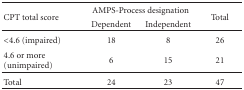
| <ROWSPAN=2> CPT total score | <COLSPAN=2> AMPS-Process designation | <ROWSPAN=2> Total |
 | Dependent | Independent |
 | --- | --- | --- | --- |
 | <4.6 (impaired) | 18 | 8 | 26 |
 | 4.6 or more (unimpaired) | 6 | 15 | 21 |
 | Total | 24 | 23 | 47 |